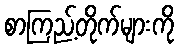
စာကြည့်တိုက်များကို